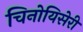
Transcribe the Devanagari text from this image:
चिनोयिसेरी